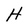
Character: H